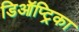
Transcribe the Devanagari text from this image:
डिऑप्ट्रिका